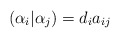
\begin{align*}(\alpha_i|\alpha_j)=d_ia_{ij}\end{align*}